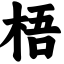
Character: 梧